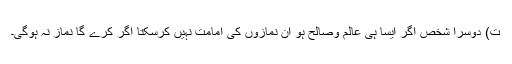
ت) دوسرا شخص اگر ایسا ہی عالم وصالح ہو ان نمازوں کی امامت نہیں کرسکتا اگر کرے گا نماز نہ ہوگی۔